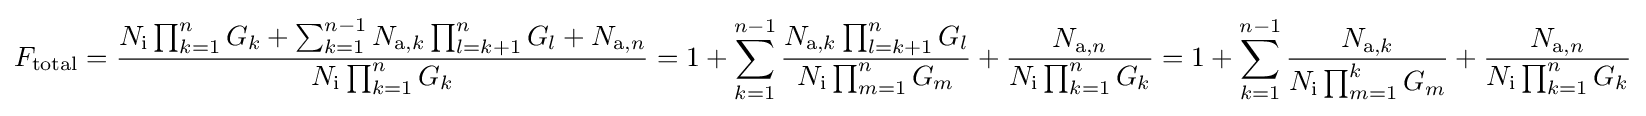
F_{\mathrm {total} }={\frac {N_{\mathrm {i} }\prod _{k=1}^{n}G_{k}+\sum _{k=1}^{n-1}N_{\mathrm {a} ,k}\prod _{l=k+1}^{n}{G_{l}}+N_{\mathrm {a} ,n}}{N_{\mathrm {i} }\prod _{k=1}^{n}G_{k}}}=1+\sum _{k=1}^{n-1}{\frac {N_{\mathrm {a} ,k}\prod _{l=k+1}^{n}{G_{l}}}{N_{\mathrm {i} }\prod _{m=1}^{n}G_{m}}}+{\frac {N_{\mathrm {a} ,n}}{N_{\mathrm {i} }\prod _{k=1}^{n}G_{k}}}=1+\sum _{k=1}^{n-1}{\frac {N_{\mathrm {a} ,k}}{N_{\mathrm {i} }\prod _{m=1}^{k}G_{m}}}+{\frac {N_{\mathrm {a} ,n}}{N_{\mathrm {i} }\prod _{k=1}^{n}G_{k}}}